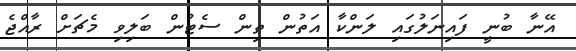
އޭނާ ބުނީ ފައިނަލުގައި ލަންކާ އަތުން ތިން ސެޓުން ބަލިވި މެޗަށް ރާއްޖެ